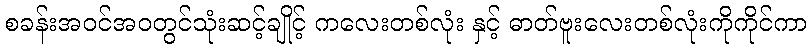
စခန်းအဝင်အဝတွင်သုံးဆင့်ချိုင့် ကလေးတစ်လုံး နှင့် ဓာတ်ဗူးလေးတစ်လုံးကိုကိုင်ကာ